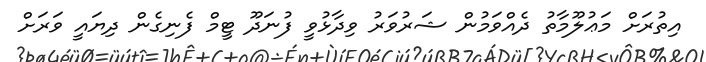
އިތުރަށް މަޢުލޫމާތު ދެއްވަމުން ޝަރުވަރު ވިދާޅުވީ ފުނަދޫ ޓީމް ފެނިގެން ދިޔައީ ވަރަށް